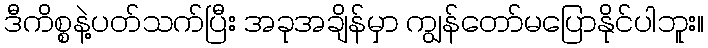
ဒီကိစ္စနဲ့ပတ်သက်ပြီး အခုအချိန်မှာ ကျွန်တော်မပြောနိုင်ပါဘူး။